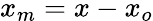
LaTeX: x_{m}=x-x_{o}